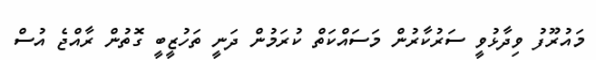
މައުރޫފު ވިދާޅުވީ ސަރުކާރުން މަސައްކަތް ކުރަމުން ދަނީ ތަހުޒީބީ ގޮތުން ރާއްޖެ އުސް